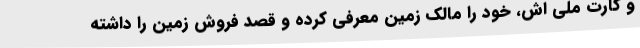
و کارت ملی اش، خود را مالک زمین معرفی کرده و قصد فروش زمین را داشته